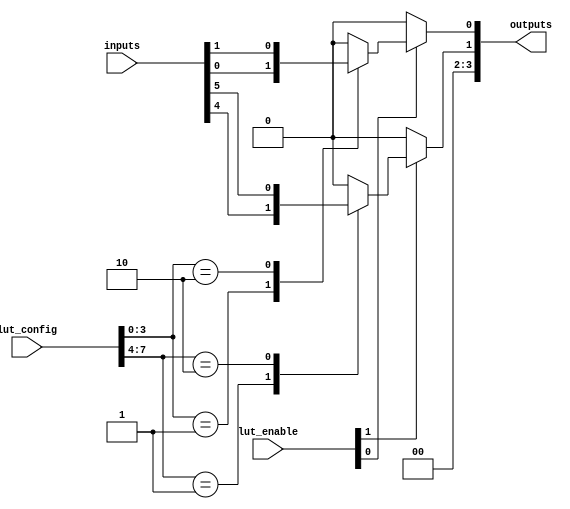
module CombinationalLogicBlock #(
    parameter NUM_LUTS = 2,          // Number of LUTs
    parameter LUT_SIZE = 4,          // Size of each LUT (2^N for N inputs)
    parameter NUM_INPUTS = 8,        // Total number of inputs
    parameter NUM_OUTPUTS = 4        // Total number of outputs
)(
    input wire [NUM_INPUTS-1:0] inputs,              // Input lines
    input wire [NUM_OUTPUTS-1:0] lut_enable,         // Enable signals for LUTs
    input wire [LUT_SIZE*NUM_LUTS-1:0] lut_config,   // LUT configuration
    output wire [NUM_OUTPUTS-1:0] outputs             // Output lines
);

    wire [LUT_SIZE-1:0] lut_inputs [0:NUM_LUTS-1];   // Inputs to each LUT
    wire [NUM_LUTS-1:0] lut_outputs;                  // Outputs from each LUT

    genvar i, j;
    
    // Generate LUTs
    generate
        for (i = 0; i < NUM_LUTS; i = i + 1) begin : lut_gen
            assign lut_inputs[i] = inputs[i*LUT_SIZE +: LUT_SIZE]; // Select inputs for each LUT
            
            // LUT implementation using a case statement
            always @(*) begin
                if (lut_enable[i]) begin
                    case (lut_config[i*LUT_SIZE +: LUT_SIZE])
                        4'b0000: lut_outputs[i] = 0; // Example LUT configuration
                        4'b0001: lut_outputs[i] = lut_inputs[i][0];
                        4'b0010: lut_outputs[i] = lut_inputs[i][1];
                        // Add more LUT configurations as necessary
                        default: lut_outputs[i] = 0;
                    endcase
                end else begin
                    lut_outputs[i] = 0; // Disable output if not enabled
                end
            end
        end
    endgenerate

    // Output logic (simple example: just pass LUT outputs to outputs)
    assign outputs = lut_outputs;

endmodule